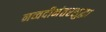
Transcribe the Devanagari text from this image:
नव्वदीनंतरसुद्धा